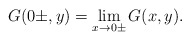
\begin{align*}G(0\pm,y)=\lim_{x\to 0\pm}G(x,y).\end{align*}